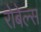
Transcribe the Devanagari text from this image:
रोबेल्स